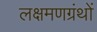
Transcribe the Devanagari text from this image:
लक्षमणग्रंथों